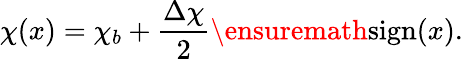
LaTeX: \chi(x)=\chi_{b}+\frac{\Delta\chi}{2}\ensuremath{\operatorname{sign}}(x).